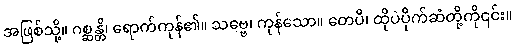
အဖြစ်သို့။ ဂစ္ဆန္တိ၊ ရောက်ကုန်၏။ သဗ္ဗေ၊ ကုန်သော။ တေပိ၊ ထိုပဲပိုက်ဆံတို့ကို၎င်း။